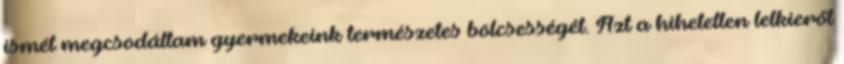
ismét megcsodáltam gyermekeink természetes bölcsességét. Azt a hihetetlen lelkierőt